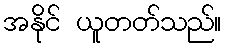
အနိုင် ယူတတ်သည်။